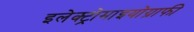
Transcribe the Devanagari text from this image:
इलेक्ट्रोमाइयोग्राफी